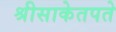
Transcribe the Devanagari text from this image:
श्रीसाकेतपते